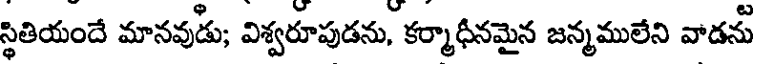
స్థితియందే మానవుడు; విశ్వరూపుడను, కర్మాధీనమైన జన్మములేని వాడను